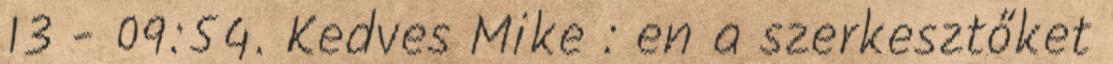
13 - 09:54. Kedves Mike : en a szerkesztőket